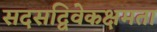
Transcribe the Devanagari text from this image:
सदसद्विवेकक्षमता